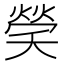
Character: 𤌡